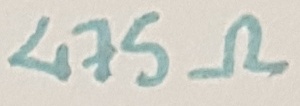
Text: 475Ω